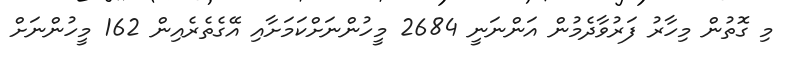
މި ގޮތުން މިހާރު ފަރުވާދެމުން އަންނަނީ 2684 މީހުންނަށްކަމަށާއި އޭގެތެރެއިން 162 މީހުންނަށް